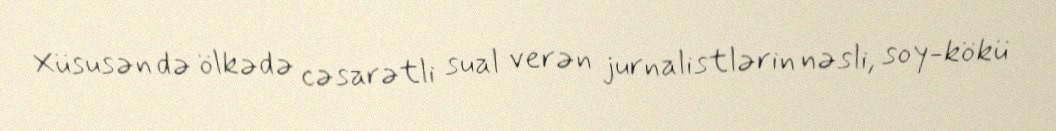
Xüsusən də ölkədə cəsarətli sual verən jurnalistlərin nəsli, soy-kökü